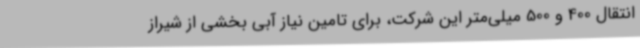
انتقال 400 و 500 میلی‌متر این شرکت، برای تامین نیاز آبی بخشی از شیراز